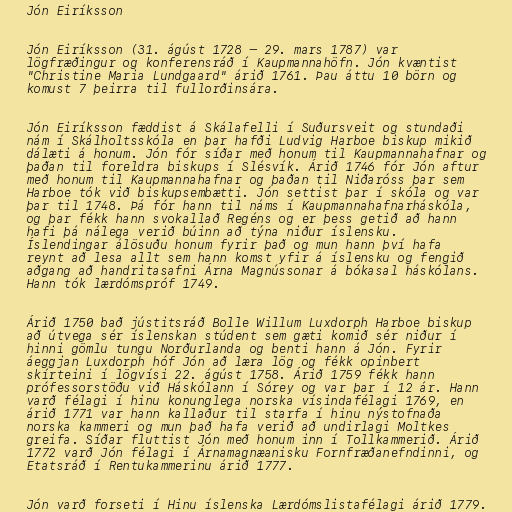
Jón Eiríksson

Jón Eiríksson (31. ágúst 1728 – 29. mars 1787) var
lögfræðingur og konferensráð í Kaupmannahöfn. Jón kvæntist
"Christine Maria Lundgaard" árið 1761. Þau áttu 10 börn og
komust 7 þeirra til fullorðinsára.

Jón Eiríksson fæddist á Skálafelli í Suðursveit og stundaði
nám í Skálholtsskóla en þar hafði Ludvig Harboe biskup mikið
dálæti á honum. Jón fór síðar með honum til Kaupmannahafnar og
þaðan til foreldra biskups í Slésvík. Árið 1746 fór Jón aftur
með honum til Kaupmannahafnar og þaðan til Niðaróss þar sem
Harboe tók við biskupsembætti. Jón settist þar í skóla og var
þar til 1748. Þá fór hann til náms í Kaupmannahafnarháskóla,
og þar fékk hann svokallað Regéns og er þess getið að hann
hafi þá nálega verið búinn að týna niður íslensku.
Íslendingar álösuðu honum fyrir það og mun hann því hafa
reynt að lesa allt sem hann komst yfir á íslensku og fengið
aðgang að handritasafni Árna Magnússonar á bókasal háskólans.
Hann tók lærdómspróf 1749.

Árið 1750 bað jústitsráð Bolle Willum Luxdorph Harboe biskup
að útvega sér íslenskan stúdent sem gæti komið sér niður í
hinni gömlu tungu Norðurlanda og benti hann á Jón. Fyrir
áeggjan Luxdorph hóf Jón að læra lög og fékk opinbert
skírteini í lögvísi 22. ágúst 1758. Árið 1759 fékk hann
prófessorstöðu við Háskólann í Sórey og var þar í 12 ár. Hann
varð félagi í hinu konunglega norska vísindafélagi 1769, en
árið 1771 var hann kallaður til starfa í hinu nýstofnaða
norska kammeri og mun það hafa verið að undirlagi Moltkes
greifa. Síðar fluttist Jón með honum inn í Tollkammerið. Árið
1772 varð Jón félagi í Árnamagnæanisku Fornfræðanefndinni, og
Etatsráð í Rentukammerinu árið 1777.

Jón varð forseti í Hinu íslenska Lærdómslistafélagi árið 1779.